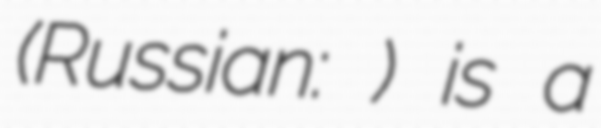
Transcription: (Russian: Бауманская) is a